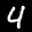
Label: 4